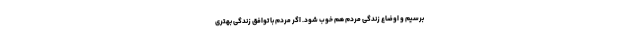
برسیم و اوضاع زندگی مردم هم خوب شود. اگر مردم با توافق زندگی بهتری